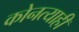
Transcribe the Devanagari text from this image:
कोनत्याही